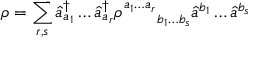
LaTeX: \rho = \sum _ { r , s } \hat { a } _ { a _ { 1 } } ^ { \dagger } \ldots \hat { a } _ { a _ { r } } ^ { \dagger } \rho _ { \quad \quad b _ { 1 } \ldots b _ { s } } ^ { a _ { 1 } \ldots a _ { r } } \hat { a } ^ { b _ { 1 } } \ldots \hat { a } ^ { b _ { s } }